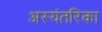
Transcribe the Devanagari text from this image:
अस्यंतरिका